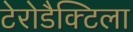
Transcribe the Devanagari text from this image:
टेरोडैक्टिला